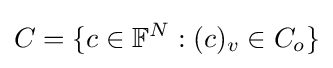
C=\{c\in \mathbb {F} ^{N}:(c)_{v}\in C_{o}\}